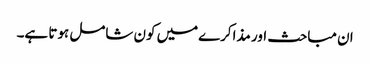
ان مباحث اور مذاکرےمیں کون شامل ہوتا ہے۔